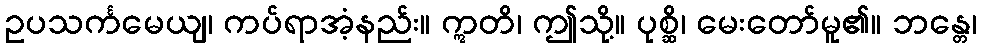
ဥပသင်္ကမေယျ၊ ကပ်ရာအံ့နည်း။ ဣတိ၊ ဤသို့။ ပုစ္ဆိ၊ မေးတော်မူ၏။ ဘန္တေ၊